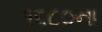
૧૬૮૦ના